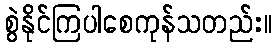
စွဲနိုင်ကြပါစေကုန်သတည်း။